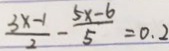
\frac { 3 x - 1 } { 2 } - \frac { 5 x - 6 } { 5 } = 0 . 2